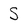
Character: S